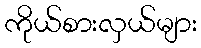
ကိုယ်စားလှယ်များ